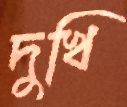
দুখি